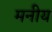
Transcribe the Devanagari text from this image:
मनीय